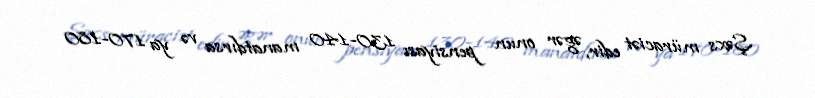
Şəxs müraciət edir, əgər onun pensiyası 130-140 manatdırsa və ya 170-180